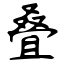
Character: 叠